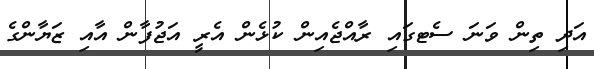
އަދި ތިން ވަނަ ސެޓގައި ރާއްޖެއިން ކުޅެން އެރީ އަޖުފާން އާއި ޒަޔާންގެ